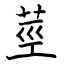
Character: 莖